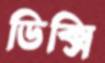
ডিক্সি